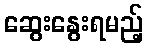
ဆွေးနွေးရမည့်